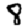
Digit: 8